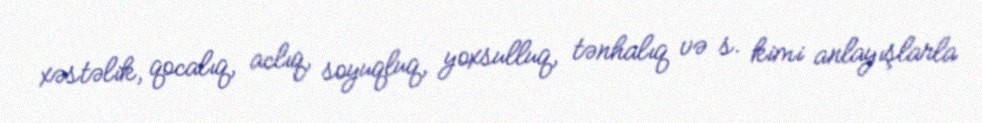
xəstəlik, qocalıq, aclıq, soyuqluq, yoxsulluq, tənhalıq və s. kimi anlayışlarla